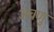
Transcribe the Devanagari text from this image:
अचणु